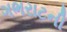
ગભરાટની